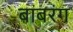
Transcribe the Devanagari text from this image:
बाबरंग